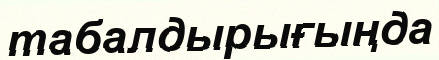
табалдырығыңда